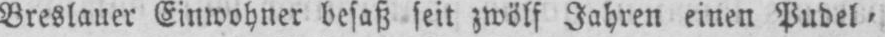
Breslauer Einwohner besaß seit zwölf Jahren einen Pudel